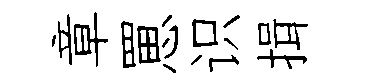
章罳识揖